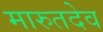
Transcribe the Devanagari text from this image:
मारुतदेव